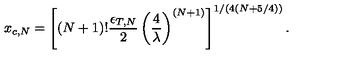
x _ { c , N } = \left[ \left( N + 1 \right) ! { \frac { \epsilon _ { T , N } } { 2 } } \left( { \frac { 4 } { \lambda } } \right) ^ { ( N + 1 ) } \right] ^ { 1 / ( 4 ( N + 5 / 4 ) ) } .